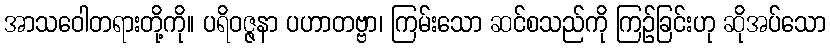
အာသဝေါတရားတို့ကို။ ပရိဝဇ္ဇနာ ပဟာတဗ္ဗာ၊ ကြမ်းသော ဆင်စသည်ကို ကြဉ်ခြင်းဟု ဆိုအပ်သော